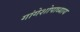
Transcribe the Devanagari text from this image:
गांगेशोपाध्याय